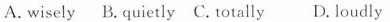
A. wisely B. quietly C. totally D. loudly